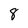
Character: 8